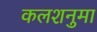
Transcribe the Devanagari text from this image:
कलशनुमा